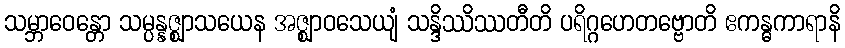
သမ္ဘာဝေန္တော သမ္ပန္နဇ္ဈာသယေန အဇ္ဈာဝသေယျံ သန္ဒိဿိဿတီတိ ပရိဂ္ဂဟေတဗ္ဗောတိ ဧကန္ဓကာရာနိ